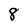
Character: 8